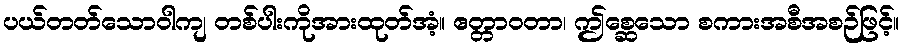
ပယ်တတ်သောဝါကျ တစ်ပါးကိုအားထုတ်အံ့။ ဧတ္တာဝတာ၊ ဤစ္ဆေသော စကားအစီအစဉ်ဖြင့်။